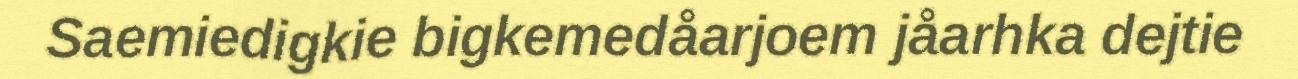
Saemiedigkie bigkemedåarjoem jåarhka dejtie